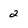
Character: 2